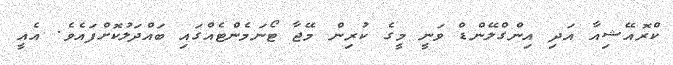
ކްރޮއޭޝިއާ އަދި އިންގްލޭންޑް ވަނީ މީގެ ކުރިން މޭޖާ ޓޯނަމެންޓެއްގައި ބައްދަލުކޮށްފައެވެ. އެއީ